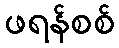
ဖရန်စစ်